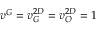
v ^ { G } = v _ { G } ^ { 2 D } = v _ { O } ^ { 2 D } = 1